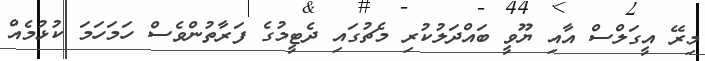
މިރޭ އީގަލްސް އާއި ޔޫވީ ބައްދަލުކުރި މެޗުގައި ދެޓީމުގެ ފަރާތުންވެސް ހަމަހަމަ ކުޅުމެއް